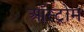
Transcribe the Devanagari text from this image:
ऑस्ट्रोम